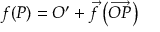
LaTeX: f ( P ) = O ^ { \prime } + { \overrightarrow { f } } \left( { \overrightarrow { O P } } \right)